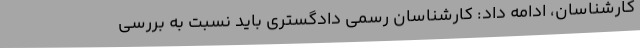
کارشناسان، ادامه داد: کارشناسان رسمی دادگستری باید نسبت به بررسی